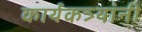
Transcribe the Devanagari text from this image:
कार्यकत्र्यांनी